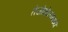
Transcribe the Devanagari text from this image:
तेजोगोलामध्ये